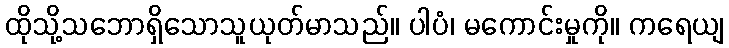
ထိုသို့သဘောရှိသောသူယုတ်မာသည်။ ပါပံ၊ မကောင်းမှုကို။ ကရေယျ